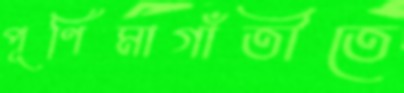
পূর্ণিমাগাঁতীতে